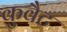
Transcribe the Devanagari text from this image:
कुवैट